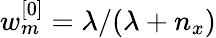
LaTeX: w_{m}^{[0]}=\lambda/(\lambda+n_{x})